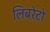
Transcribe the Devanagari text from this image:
लिबरेटो